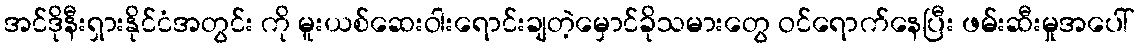
အင်ဒိုနီးရှားနိုင်ငံအတွင်း ကို မူးယစ်ဆေးဝါးရောင်းချတဲ့မှောင်ခိုသမားတွေ ဝင်ရောက်နေပြီး ဖမ်းဆီးမှုအပေါ်